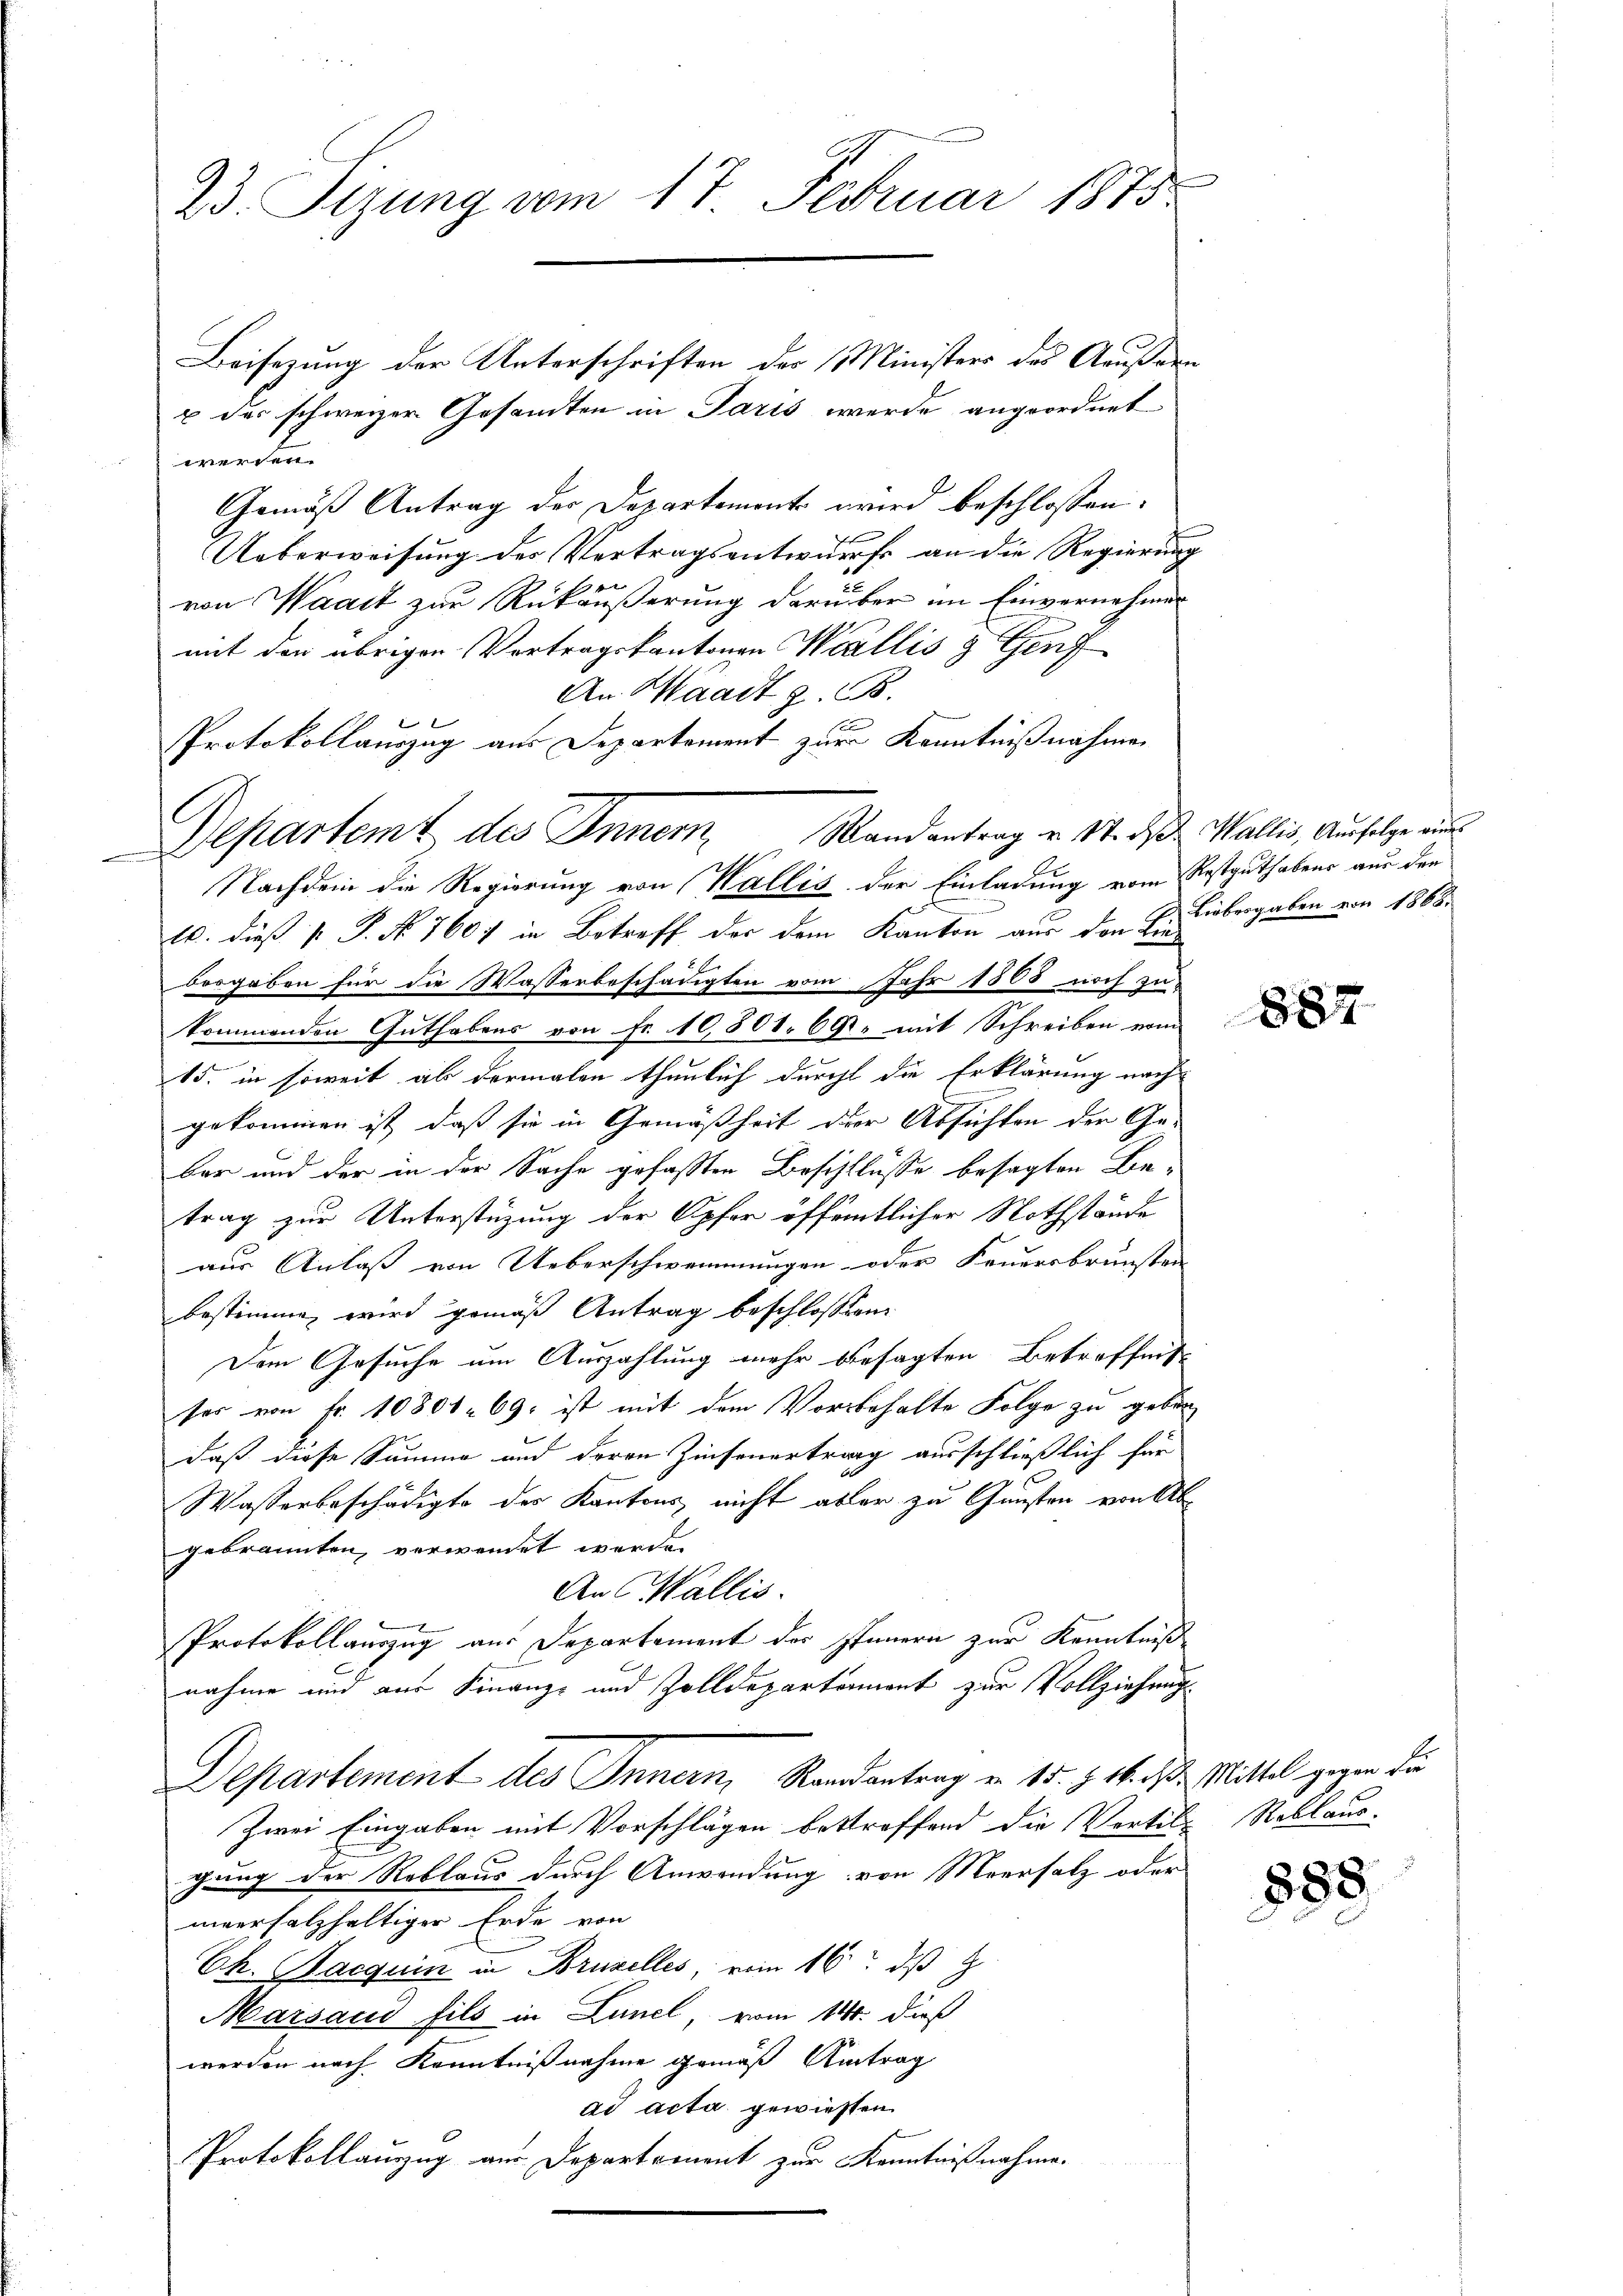
23. Sizung vom 17. Februar 1875

Beisezung der Unterschriften des Ministers des Aeußern
u des schweizer Gesandten in Paris werde angeordnet
Verden.
Gemäß Antrag der Departemonts wird beschlossen:
Ueberweisung des Vertragsentwurfs an die Regierung
von Waadt zur Rückäußerung darüber im Einvernehmen
mit den übrigen Vortragskantonen Wallis & Genf
An Waadt z. B.
10. dieß P. P. Nr. 1607 in Betreff der dem Kanton aus den Liedergeben für die Wasserbeschäugten vom Jahr 1808 noch zu
kommenden Guthabens von Fr. 10,801. 69. mit Schreiben vom
15. in soweit als dermalen thunlich durchl die Erklärung nach
gekommen ist, daß sie in Gemäßheit der Absichten der Ge-
ber und der in der Sache gefassten Beschlüsse besagten Betrag zur Unterstüzung der Opfer öffentlicher Nothstände
aus Anlaß von Ueberschwemmungen oder Feuersbrunsten
bestimme, wird gemäß Antrag beschlossen:
Dem Gesuche um Auszahlung mehr besagten Betreffniss
ses von Fr. 10801. 69. ist mit dem Vorbehalte Folge zu geben
daß diese Summe und deren Zinsenertrag ausschließlich für
Wasserbeschädigte des Kantons nicht abler zu Gunsten von Abgebrannten, verwendet werde.
An Wallis.
Protokollauszug aus Departement der Innern zur Kenntniß
nahme und aus Finanz- und Zolldepartement zur Vollziehungs¬
Departement des Innern, Randantrag von 15. §. 16. d. Mittel gegen die
Zwei Eingaben mit Vorschlägen bestroffend die Vorbil- Reblaus-
gung der Reblaus durch Anwendung von Meersatz oder
unversalzhaltiger Erde von
Ch. Jacquin in Brudelles, vom 16. ds
Marsand fils in Lünel, vom 14. dieß
werden nach Kenntnißnahme gemäß Antrag
ad acta gewiesen.
Protokollauszug aus Departement zur Kenntnißnahme.

PProtokollauszug aus Departement zur Kenntnißnahmen
Departemt des Inner Randantrag u. St. des Wallis, Ausfolge aus
Nachdem die Regierung von Wallis der Einladung vom Restguthabens aus der

Liebesgaben von 1868.

887

883